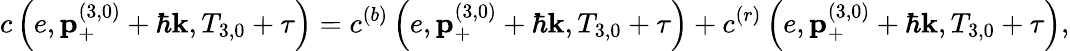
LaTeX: c\left(e,\mathbf{p}_{+}^{\left(3,0\right)}+\hbar\mathbf{k},T_{3,0}+\tau\right)=c^{\left(b\right)}\left(e,\mathbf{p}_{+}^{\left(3,0\right)}+\hbar\mathbf{k},T_{3,0}+\tau\right)+c^{\left(r\right)}\left(e,\mathbf{p}_{+}^{\left(3,0\right)}+\hbar\mathbf{k},T_{3,0}+\tau\right),